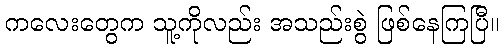
ကလေးတွေက သူ့ကိုလည်း အသည်းစွဲ ဖြစ်နေကြပြီ။